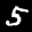
Label: 5